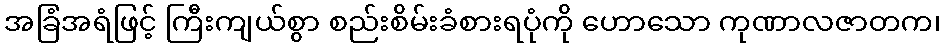
အခြံအရံဖြင့် ကြီးကျယ်စွာ စည်းစိမ်းခံစားရပုံကို ဟောသော ကုဏာလဇာတက၊